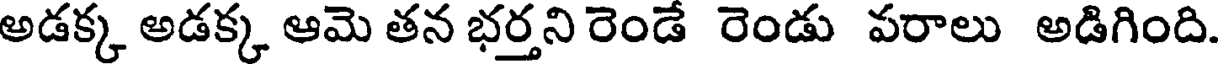
అడక్క అడక్క ఆమె తన భర్తని రెండే రెండు పరాలు అడిగింది.